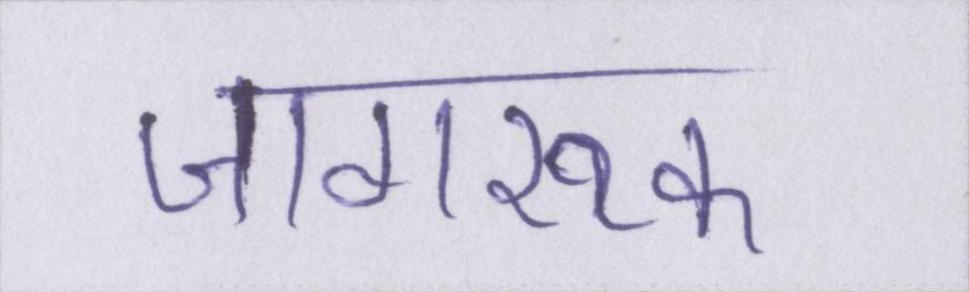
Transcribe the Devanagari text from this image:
जागरूक